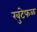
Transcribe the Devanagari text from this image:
खुंटेफळ